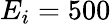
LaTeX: E_{i}=500